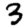
Digit: 3